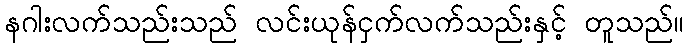
နဂါးလက်သည်းသည် လင်းယုန်ငှက်လက်သည်းနှင့် တူသည်။